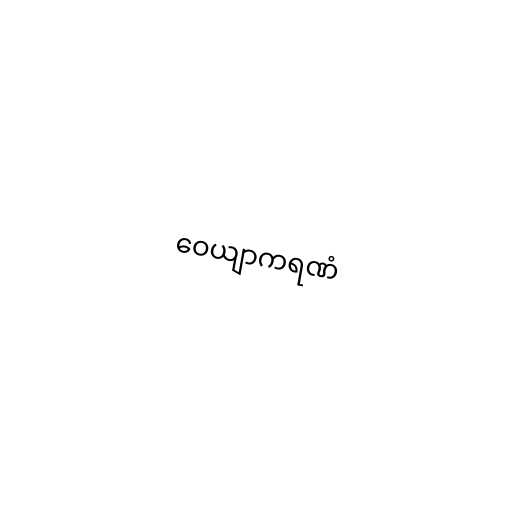
ဝေယျာကရဏံ